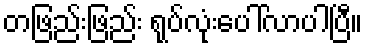
တဖြည်းဖြည်း ရုပ်လုံးပေါ်လာပါပြီ။